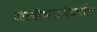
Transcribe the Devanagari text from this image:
कार्यक्रमासंदर्भात